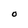
Character: O